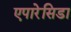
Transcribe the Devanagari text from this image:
एपारेसिडा